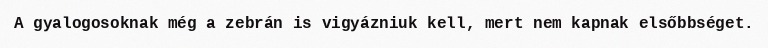
A gyalogosoknak még a zebrán is vigyázniuk kell, mert nem kapnak elsőbbséget.